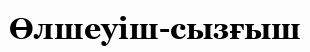
Өлшеуіш-сызғыш